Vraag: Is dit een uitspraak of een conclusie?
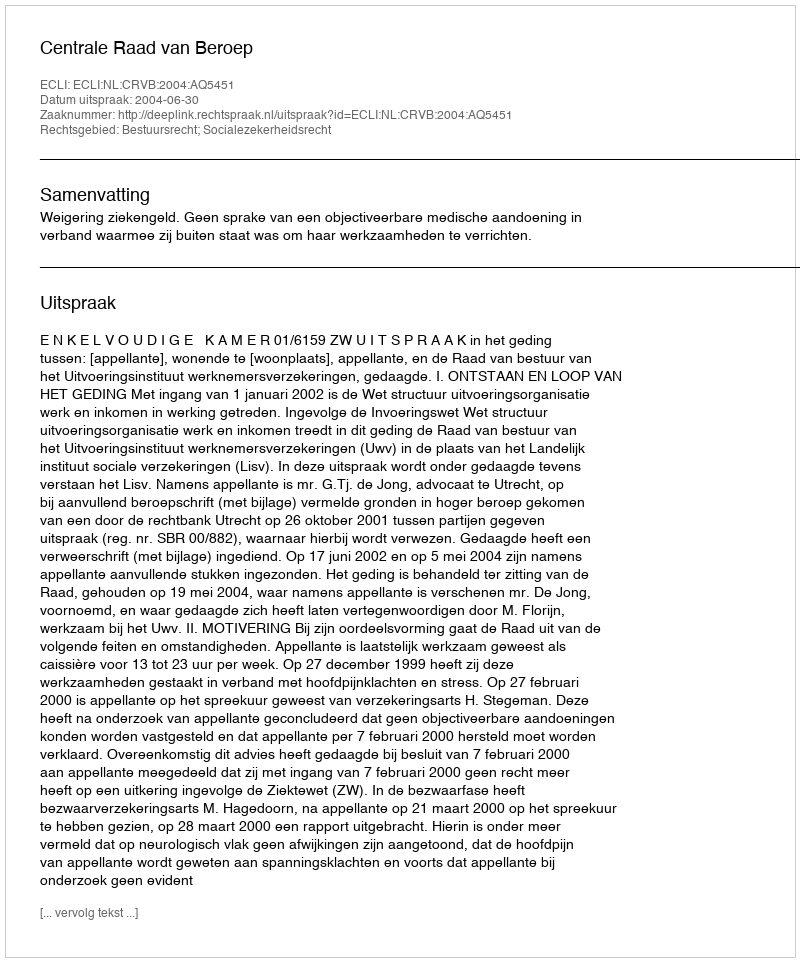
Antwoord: Uitspraak